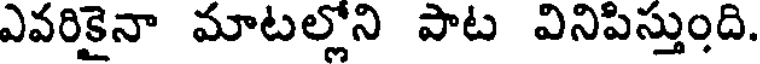
ఎవరికైనా మాటల్లోని పాట వినిపిస్తుంది.